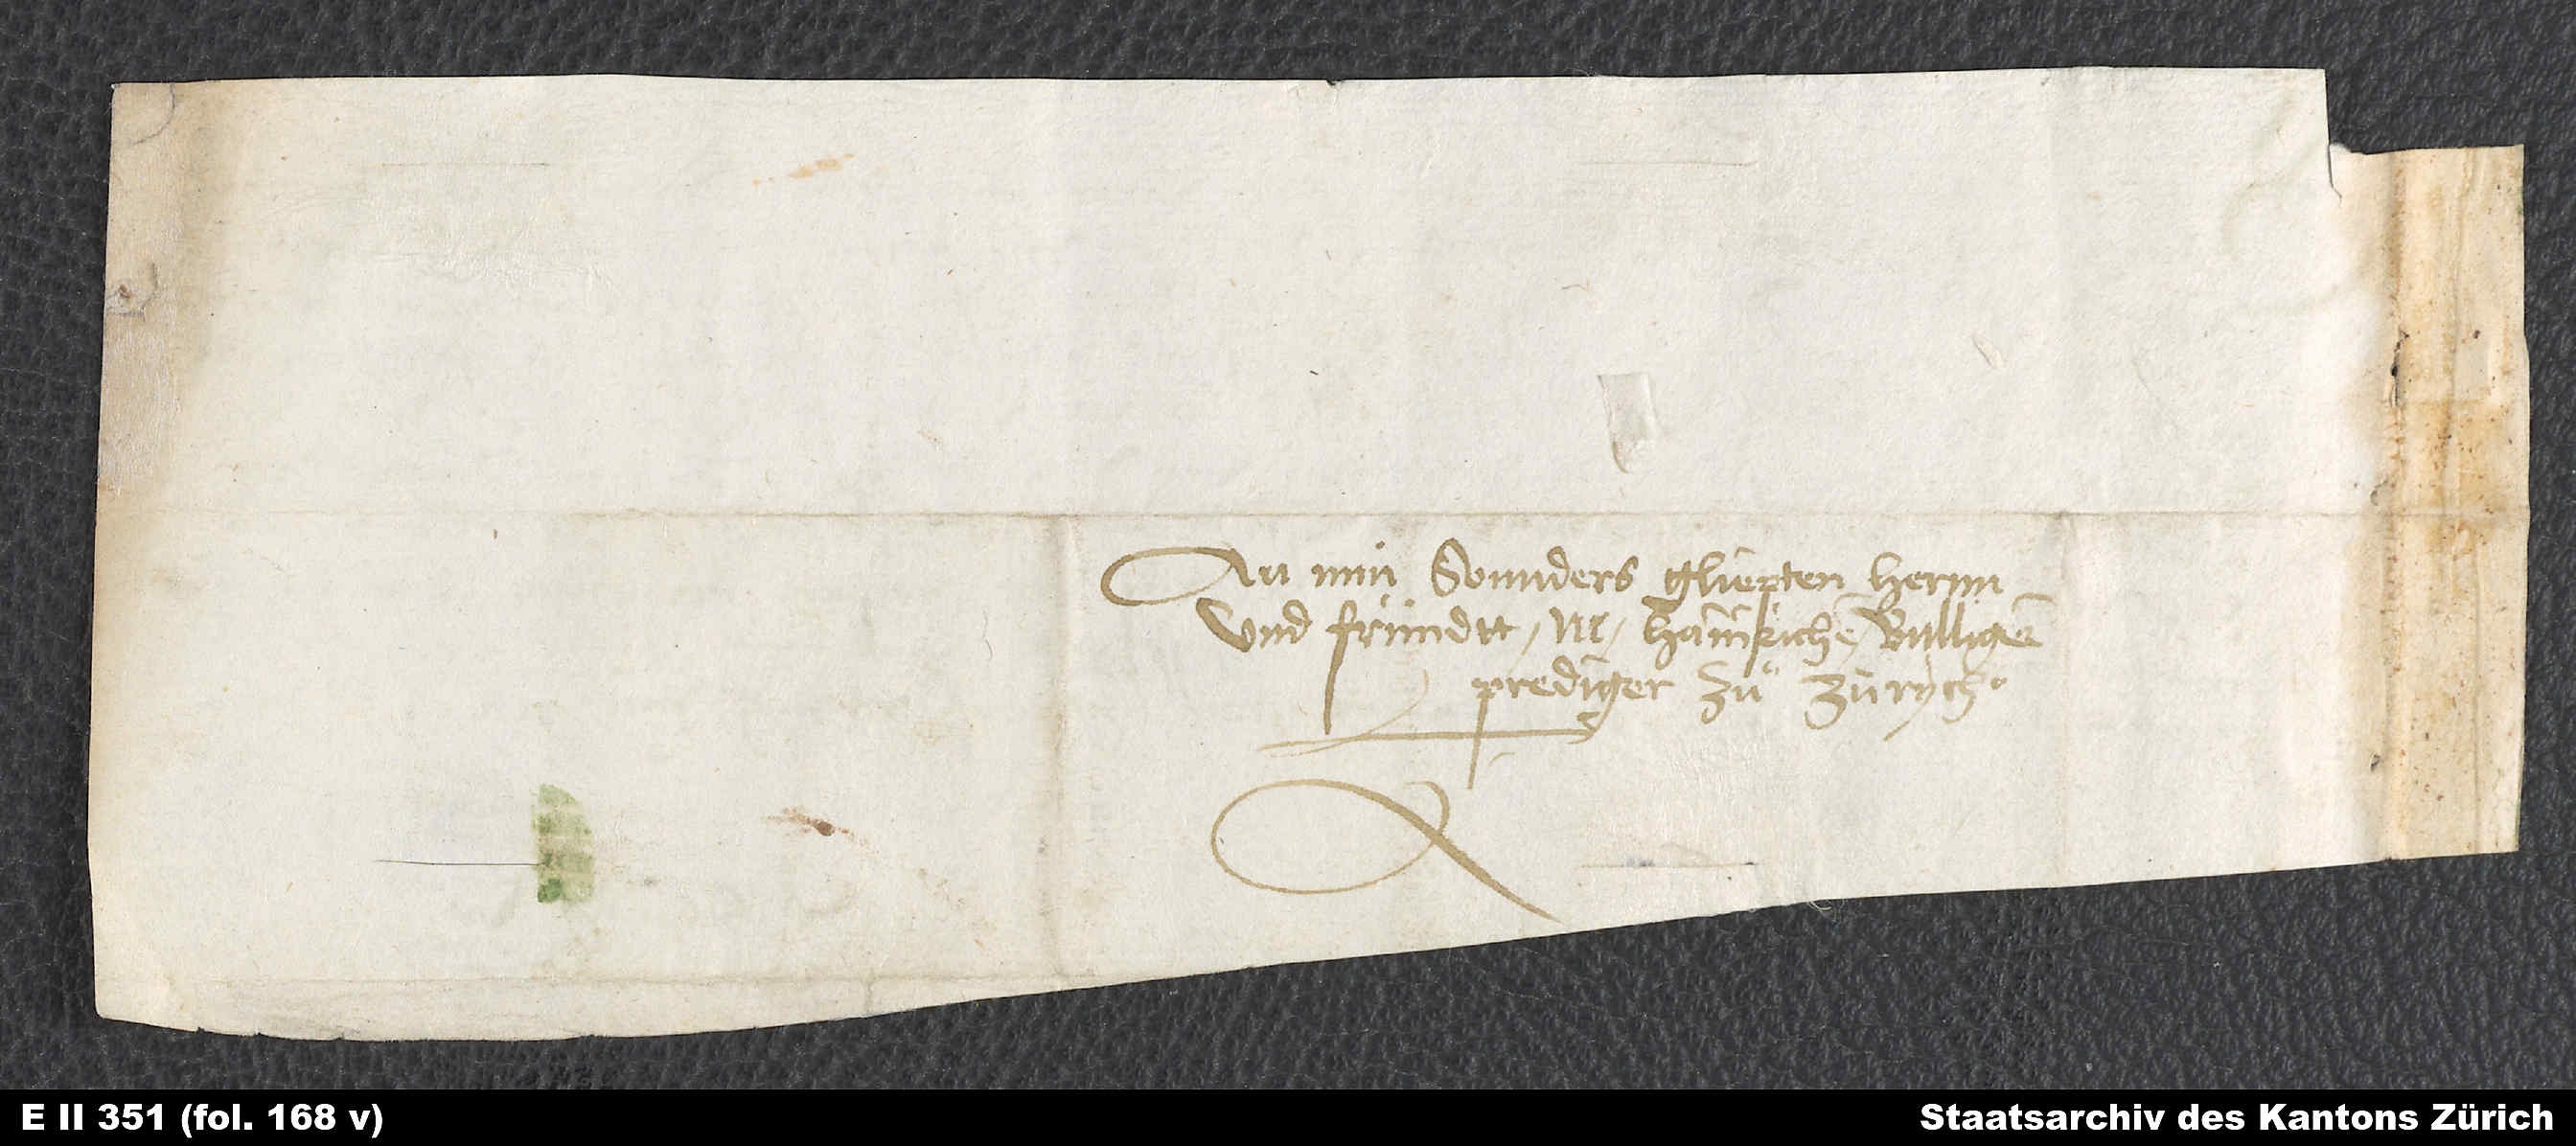
An min sonnders gliepten hernn
und fründtt, M. Hainrichen Bulligern,
prediger zuͦ Zürych.